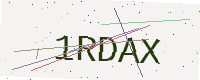
Text: 1RDAX